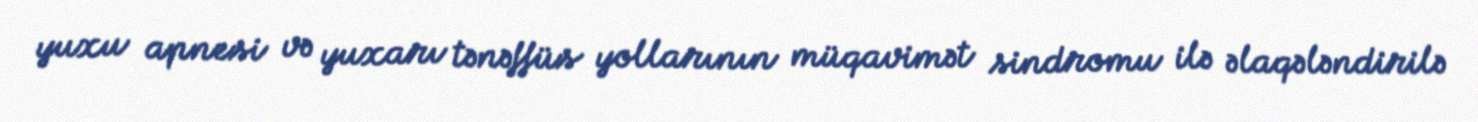
yuxu apnesi və yuxarı tənəffüs yollarının müqavimət sindromu ilə əlaqələndirilə